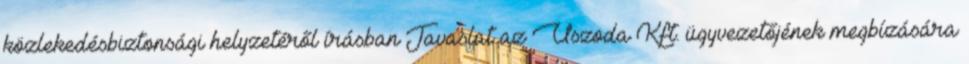
közlekedésbiztonsági helyzetéről írásban Javaslat az Uszoda Kft. ügyvezetőjének megbízására